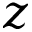
z